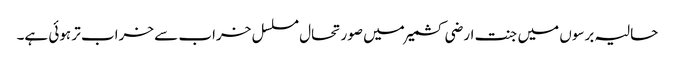
حالیہ برسوں میں جنت ارضی کشمیر میں صورتحال مسلسل خراب سے خراب تر ہوئی ہے۔